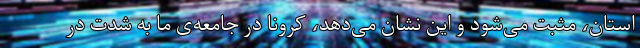
استان، مثبت می‌شود و این نشان می‌دهد، کرونا در جامعه‌ی ما به شدت در